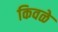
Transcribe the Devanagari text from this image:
किवळे